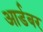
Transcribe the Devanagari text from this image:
आर्डबर